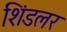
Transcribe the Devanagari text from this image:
शिंडलर